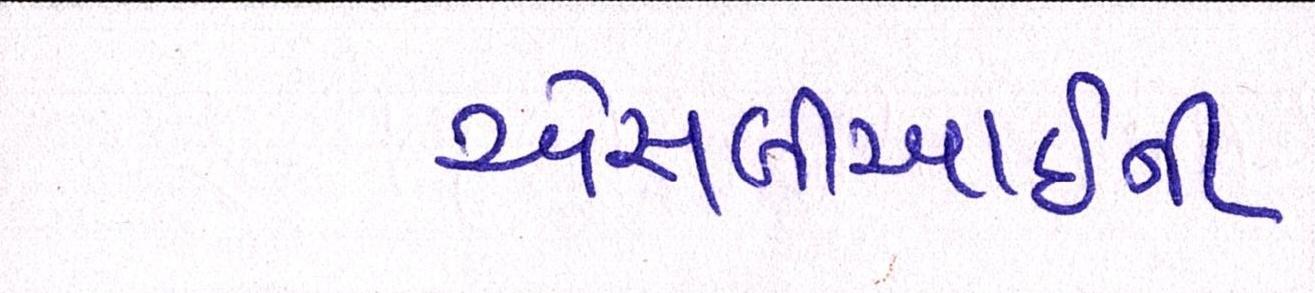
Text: એસબીઆઈની